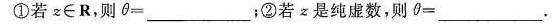
①若z∈R，则θ=___；②若x是纯虚数，则0=___。